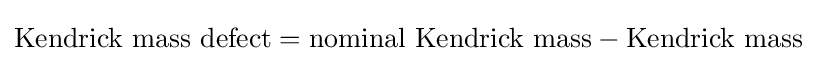
{\text{Kendrick mass defect}}={\text{nominal Kendrick mass}}-{\text{Kendrick mass}}